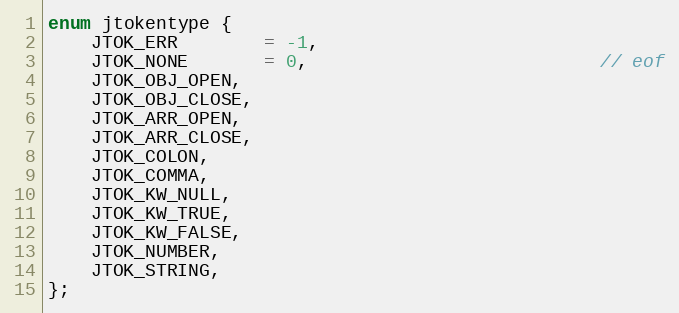
Language: C
enum jtokentype {
    JTOK_ERR        = -1,
    JTOK_NONE       = 0,                           // eof
    JTOK_OBJ_OPEN,
    JTOK_OBJ_CLOSE,
    JTOK_ARR_OPEN,
    JTOK_ARR_CLOSE,
    JTOK_COLON,
    JTOK_COMMA,
    JTOK_KW_NULL,
    JTOK_KW_TRUE,
    JTOK_KW_FALSE,
    JTOK_NUMBER,
    JTOK_STRING,
};